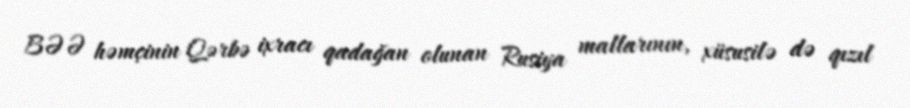
BƏƏ həmçinin Qərbə ixracı qadağan olunan Rusiya mallarının, xüsusilə də qızıl